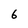
Character: 6